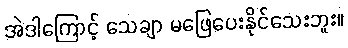
အဲဒါကြောင့် သေချာ မဖြေပေးနိုင်သေးဘူး။